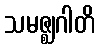
သမဇ္ဈဂါတိ